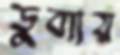
ডুব্যায়